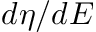
d \eta / d E